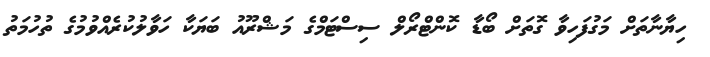
ހިޔާނާތަށް މަގުފަހިވާ ގޮތަށް ބޯޑާ ކޮންޓްރޯލް ސިސްޓަމްގެ މަޝްރޫއު ބަޔަކާ ހަވާލުކުރެއްވުމުގެ ތުހުމަތު